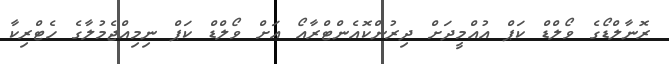
ރޮނާލްޑޯގެ ވޯލްޑް ކަޕް އުއްމީދަށް ދިރުންކޮއެންޓްރާއޯ އަށް ވޯލްޑް ކަޕް ނިމިއްޖެމުލާގެ ހެޓްރިކާ